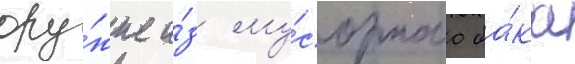
ору́жие и́з му́сорного ба́ка